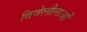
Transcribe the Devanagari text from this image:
विजेलीलाओं